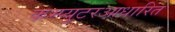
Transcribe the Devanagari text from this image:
कम्प्युटरआधारित